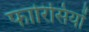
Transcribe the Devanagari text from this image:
फारिसियों